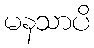
မနသာပိ